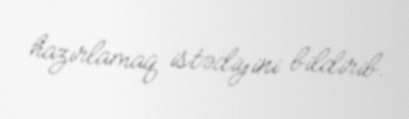
hazırlamaq istədiyini bildirib.